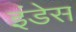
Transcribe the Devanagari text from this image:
इंडेस